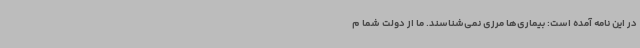
در این نامه آمده است: بیماری‌ها مرزی نمی‌شناسند. ما از دولت شما م